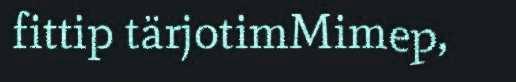
fittip tärjotimMimep,